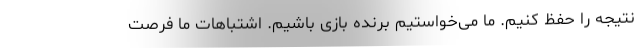
نتیجه را حفظ کنیم. ما می‌خواستیم برنده بازی باشیم. اشتباهات ما فرصت